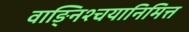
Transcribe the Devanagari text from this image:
वाङ्निश्चयानिमित्त